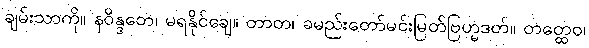
ချမ်းသာကို။ နဝိန္ဒတေ၊ မရနိုင်ချေ။ တာတ၊ ခမည်းတော်မင်းမြတ်ဗြဟ္မဒတ်။ တတ္ထေဝ၊